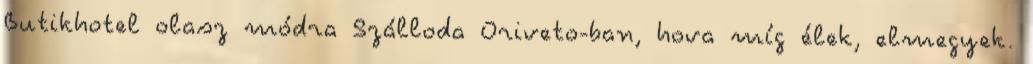
Butikhotel olasz módra Szálloda Oriveto-ban, hova míg élek, elmegyek.